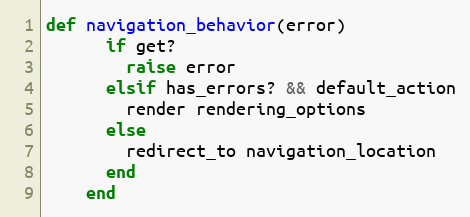
Language: Ruby
def navigation_behavior(error)
      if get?
        raise error
      elsif has_errors? && default_action
        render rendering_options
      else
        redirect_to navigation_location
      end
    end